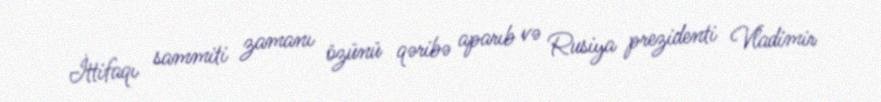
İttifaqı sammiti zamanı özünü qəribə aparıb və Rusiya prezidenti Vladimir